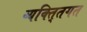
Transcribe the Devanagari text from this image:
व्यक्ति्तगत